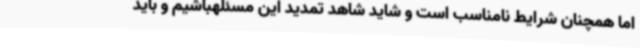
اما همچنان شرایط نامناسب است و شاید شاهد تمدید این مسئلهباشیم و باید